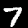
Label: 7